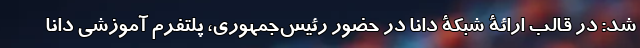
شد: در قالب ارائۀ شبکۀ دانا در حضور رئیس‌جمهوری، پلتفرم آموزشی دانا